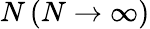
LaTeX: N\left(N\rightarrow\infty\right)